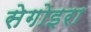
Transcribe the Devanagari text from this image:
सेगोइरा